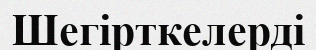
Шегірткелерді